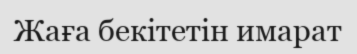
Жаға бекітетін имарат